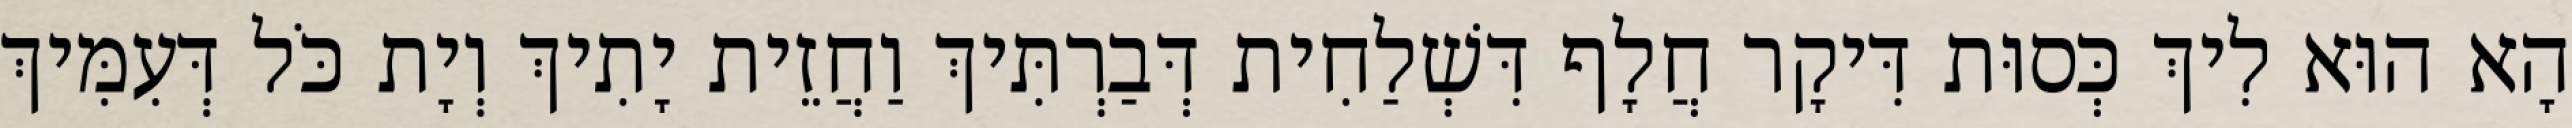
הָא הוּא לִיךְ כְּסוּת דִּיקָר חֲלָף דִּשְׁלַחִית דְּבַרְתִּיךְ וַחֲזֵית יָתִיךְ וְיָת כֹּל דְּעִמִּיךְ